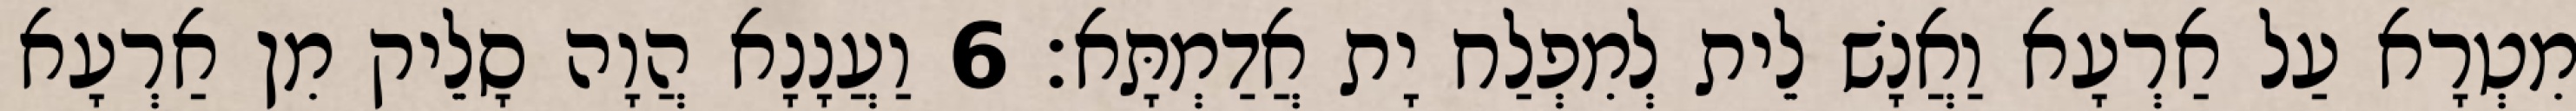
מִטְרָא עַל אַרְעָא וַאֲנָשׁ לֵית לְמִפְלַח יָת אֲדַמְתָּא׃ 6 וַעֲנָנָא הֲוָה סָלֵיק מִן אַרְעָא